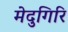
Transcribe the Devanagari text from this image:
मेदुगिरि